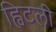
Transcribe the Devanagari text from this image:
ह्विटली